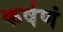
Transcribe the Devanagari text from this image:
कर्षणं